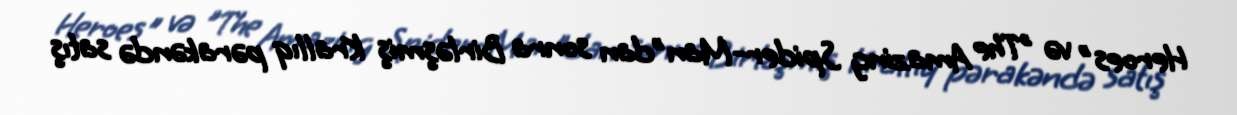
Heroes" və "The Amazing Spider-Man"dan sonra Birləşmiş Krallıq pərakəndə satış